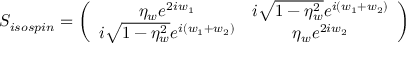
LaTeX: S _ { i s o s p i n } = \left( \begin{array} { c c } { { \eta _ { w } e ^ { 2 i w _ { 1 } } } } & { { i \sqrt { 1 - \eta _ { w } ^ { 2 } } e ^ { i \left( w _ { 1 } + w _ { 2 } \right) } } } \\ { { i \sqrt { 1 - \eta _ { w } ^ { 2 } } e ^ { i \left( w _ { 1 } + w _ { 2 } \right) } } } & { { \eta _ { w } e ^ { 2 i w _ { 2 } } } } \end{array} \right)